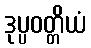
ဒုပ္ပဝတ္တိယံ